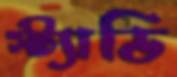
স্ট্যাডি